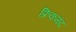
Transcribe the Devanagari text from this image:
फ्रिकमंद